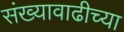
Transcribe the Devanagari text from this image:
संख्यावाढीच्या